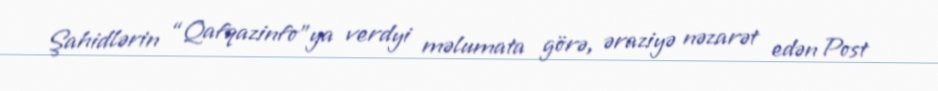
Şahidlərin “Qafqazinfo”ya verdyi məlumata görə, əraziyə nəzarət edən Post